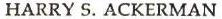
HARRY S. ACKERMAN